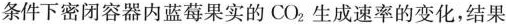
条件下密闭容器内蓝莓果实的CO_{2} 生成速率的变化，结果